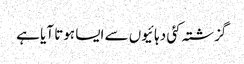
گزشتہ کئی دہائیوں سے ایسا ہوتا آیا ہے